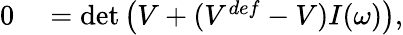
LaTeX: \begin{array}{rl}{0}&{{}=\operatorname*{det}\left(V+(V^{def}-V)I(\omega)\right),}\end{array}